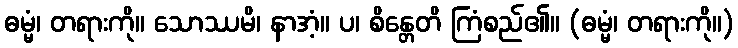
ဓမ္မံ၊ တရားကို။ သောဿမိ၊ နာအံ့။ ပ၊ စိန္တေတိ ကြံစည်၏။ (ဓမ္မံ၊ တရားကို။)